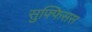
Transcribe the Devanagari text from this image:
सुफ्फिसस